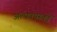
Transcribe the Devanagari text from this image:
अल्पवयस्कों